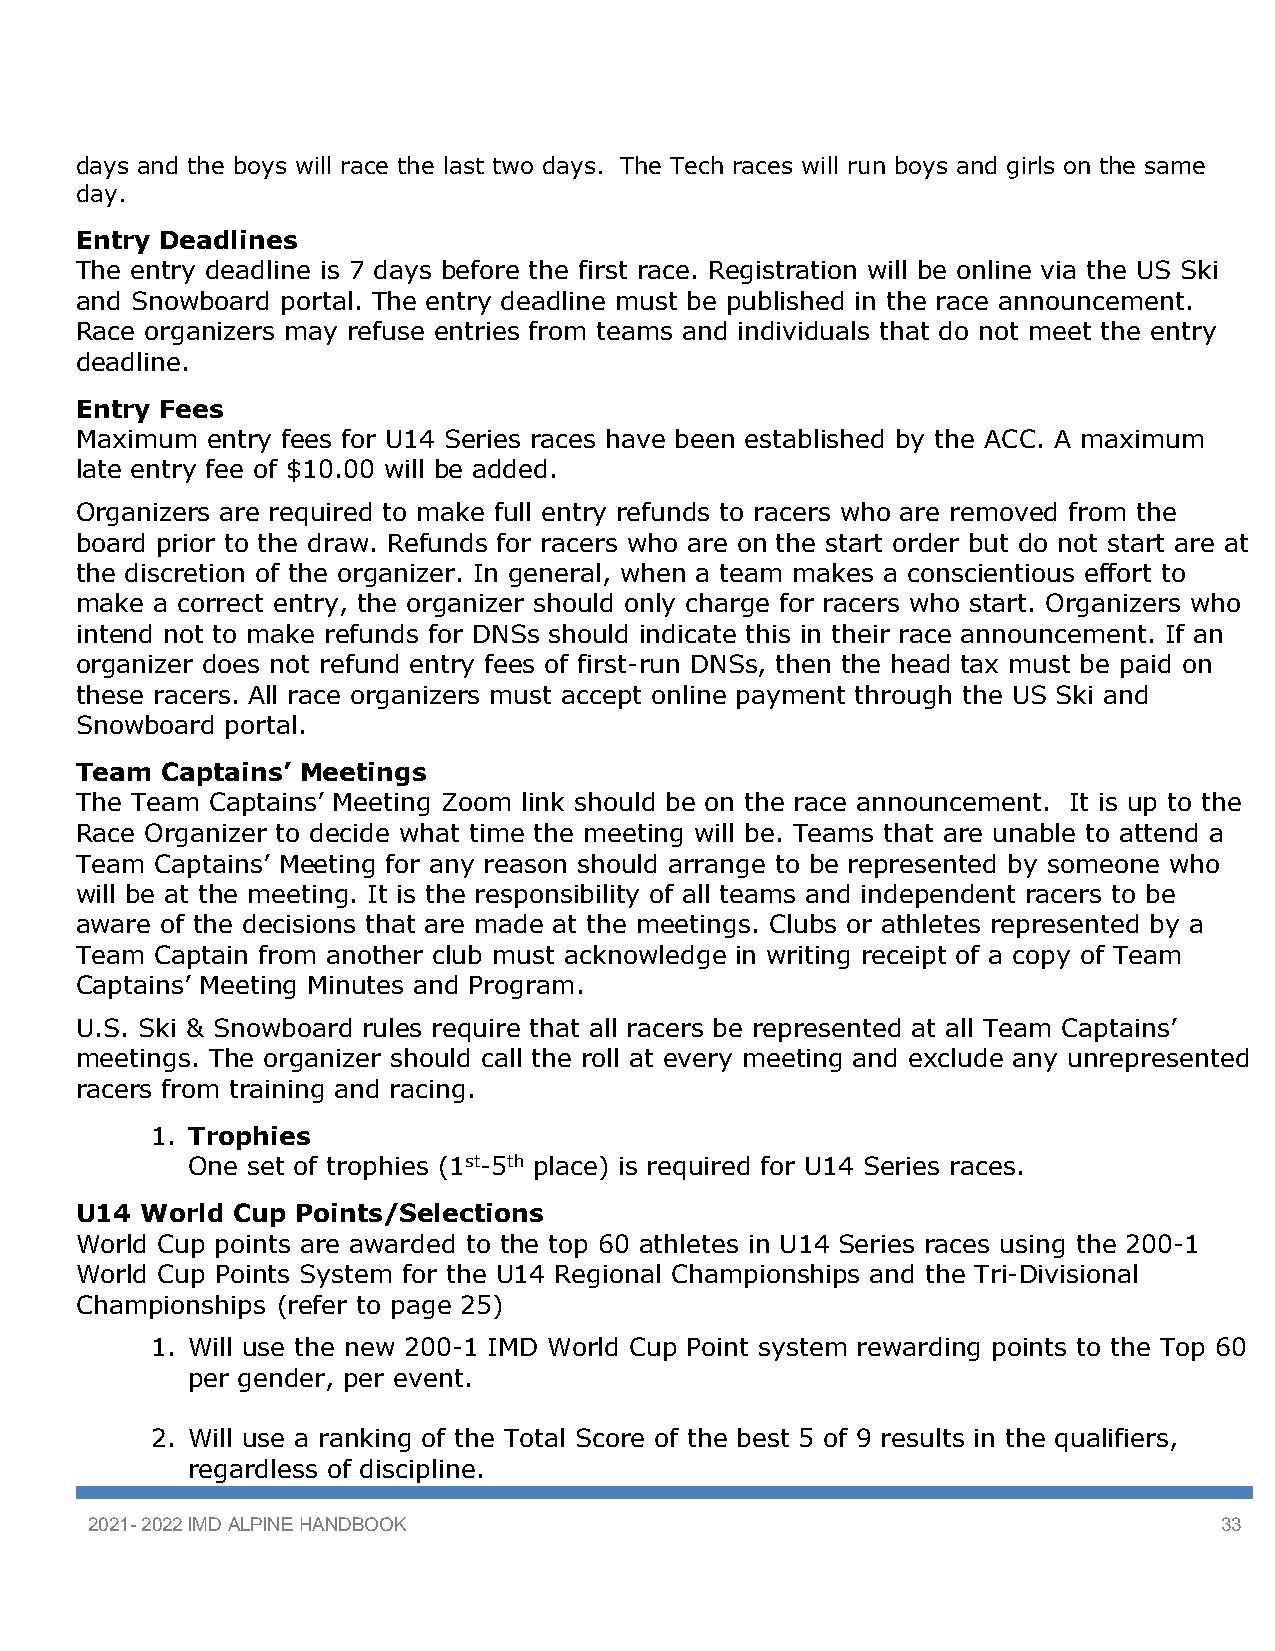
days and the boys will race the last two days. The Tech races will run boys and girls on the same
 day.
 Entry Deadlines
 The entry deadline is 7 days before the first race. Registration will be online via the US Ski
 and Snowboard portal. The entry deadline must be published in the race announcement.
 Race organizers may refuse entries from teams and individuals that do not meet the entry
 deadline.
 Entry Fees
 Maximum  entry fees for U14 Series races have been established by the ACC. A maximum
 late entry fee of $10.00 will be added.
 Organizers are required to make full entry refunds to racers who are removed from the
 board prior to the draw. Refunds for racers who are on the start order but do not start are at
 the discretion of the organizer. In general, when a team makes a conscientious effort to
 make a correct entry, the organizer should only charge for racers who start. Organizers who
 intend not to make refunds for DNSs should indicate this in their race announcement. If an
 organizer does not refund entry fees of first-run DNSs, then the head tax must be paid on
 these racers. All race organizers must accept online payment through the US Ski and
 Snowboard portal.
 Team  Captains’ Meetings
 The Team Captains’ Meeting Zoom link should be on the race announcement. It is up to the
 Race Organizer to decide what time the meeting will be. Teams that are unable to attend a
 Team Captains’ Meeting for any reason should arrange to be represented by someone who
 will be at the meeting. It is the responsibility of all teams and independent racers to be
 aware of the decisions that are made at the meetings. Clubs or athletes represented by a
 Team Captain from another club must acknowledge in writing receipt of a copy of Team
 Captains’ Meeting Minutes and Program.
 U.S. Ski & Snowboard rules require that all racers be represented at all Team Captains’
 meetings. The organizer should call the roll at every meeting and exclude any unrepresented
 racers from training and racing.
 1. Trophies
 One set of trophies (1st-5th place) is required for U14 Series races.
 U14 World Cup  Points/Selections
 World Cup points are awarded to the top 60 athletes in U14 Series races using the 200-1
 World Cup Points System for the U14 Regional Championships and the Tri-Divisional
 Championships (refer to page 25)
 1. Will use the new 200-1 IMD World Cup Point system rewarding points to the Top 60
 per gender, per event.
 2. Will use a ranking of the Total Score of the best 5 of 9 results in the qualifiers,
 regardless of discipline.
 2021- 2022 IMD ALPINE HANDBOOK                                             33